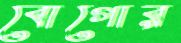
বোগোর